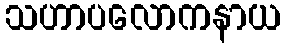
သဟာပလောကနာယ